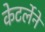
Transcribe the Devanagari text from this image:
केटर्लेने